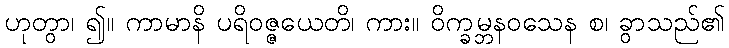
ဟုတွာ၊ ၍။ ကာမာနိ ပရိဝဇ္ဇယေတိ၊ ကား။ ဝိက္ခမ္ဘနဝသေန စ၊ ခွာသည်၏